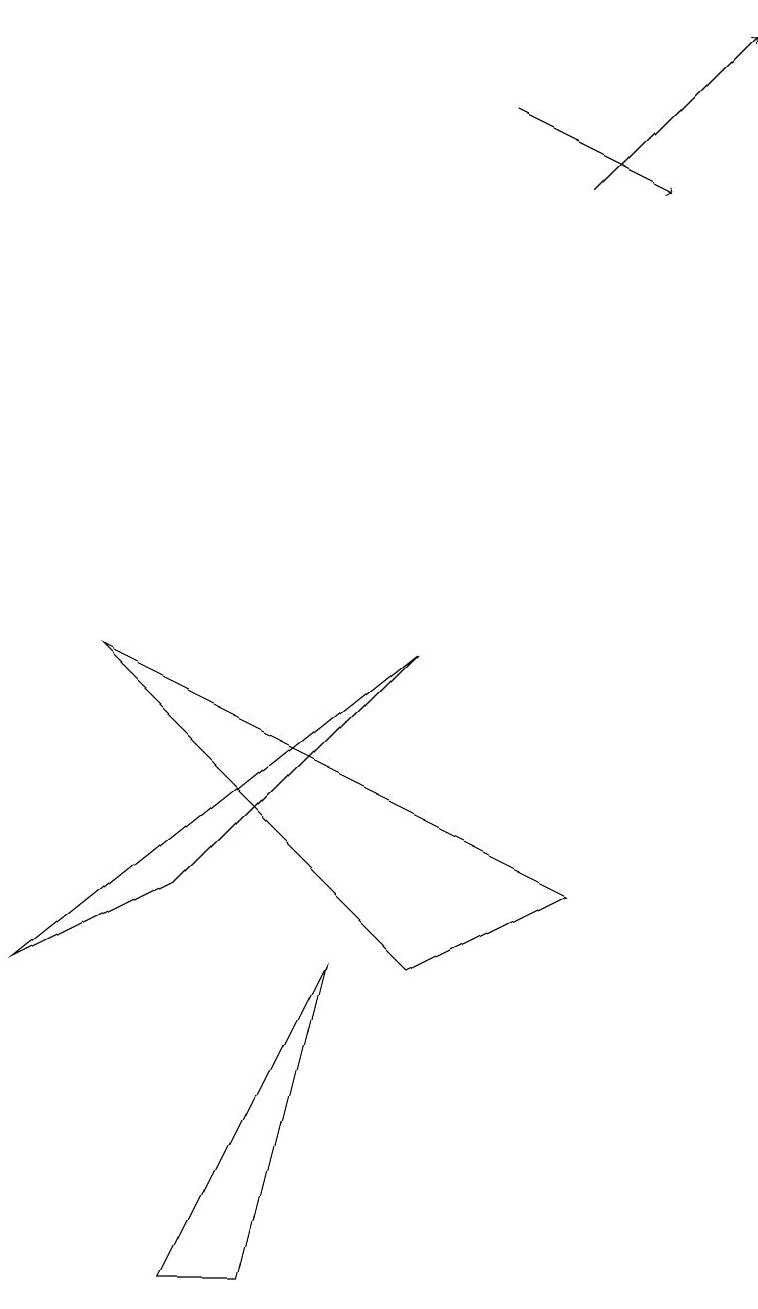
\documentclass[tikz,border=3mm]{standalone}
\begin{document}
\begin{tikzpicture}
\draw[->] (7,14) -- (9,16);
\draw (0,4) -- (5,8) -- (2,5) -- cycle;
\draw (4,4) -- (2,0) -- (3,0) -- cycle;
\draw (7,5) -- (5,4) -- (1,8) -- cycle;
\draw[->] (6,15) -- (8,14);
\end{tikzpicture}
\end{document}